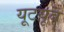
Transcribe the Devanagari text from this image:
यूटय़ूब